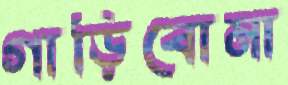
গাড়িবোমা